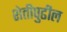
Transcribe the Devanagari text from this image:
शेतीपुढील